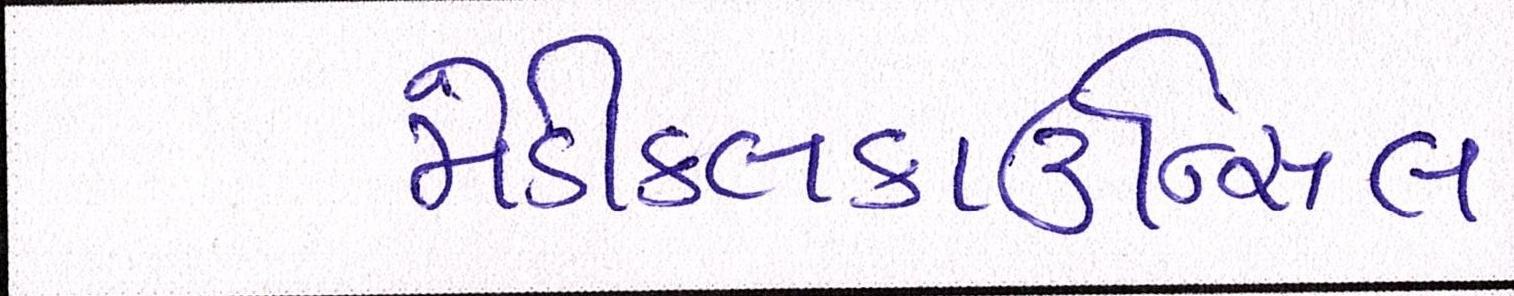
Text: મેડીકલકાઉન્સિલ